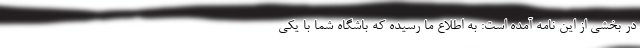
در بخشی از این نامه آمده است: به اطلاع ما رسیده که باشگاه شما با یکی